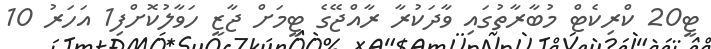
ޓީ20 ކްރިކެޓް މުބާރާތުގައި ވާދަކުރާ ރާއްޖޭގެ ޓީމަށް ޖާޒީ ހަވާލުކޮށްފި1 އަހަރު 10